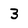
Character: 3